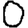
Digit: 0